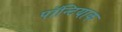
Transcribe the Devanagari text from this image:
पॉन्टियाक